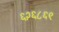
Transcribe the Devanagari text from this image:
६२६८६९